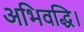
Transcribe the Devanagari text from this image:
अभिवद्धि।